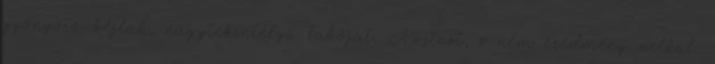
gyönyörű kéjlak, nagytekintélyű lakóját, Avitust, s nem eredmény nélkül.